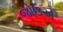
જોઉએ